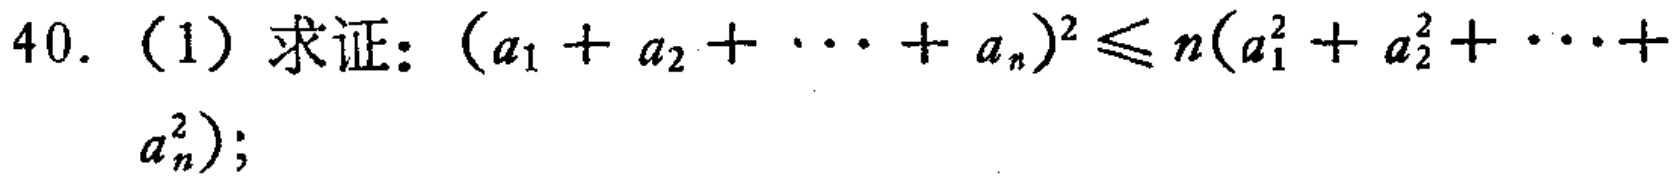
40. （1）求证：\((a_1 + a_2 + \cdots + a_n)^2\leqslant n(a_1^2 + a_2^2 + \cdots + a_n^2)\)；